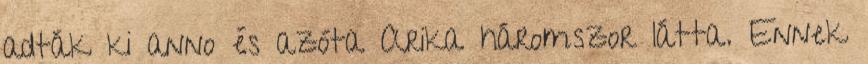
adták ki anno és azóta Arika háromszor látta. Ennek